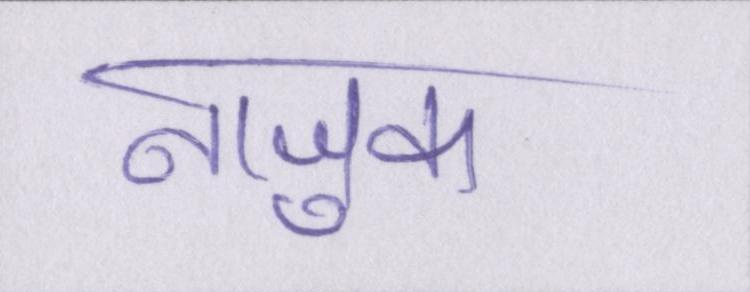
नाजुक